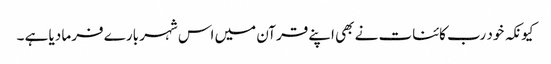
کیونکہ خود رب کائنات نے بھی اپنے قرآن میں اس شہر بارے فرما دیا ہے ۔